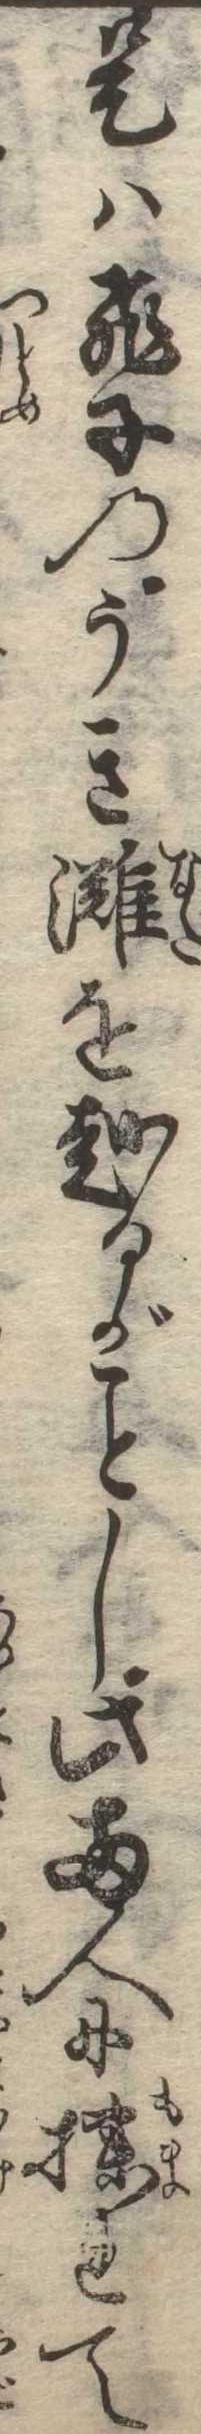
是は飛子のうき灘を越るがし此両人に揉れて